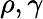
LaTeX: \rho,\gamma